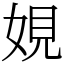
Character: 娊